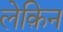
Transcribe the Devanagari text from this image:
लेक़िन